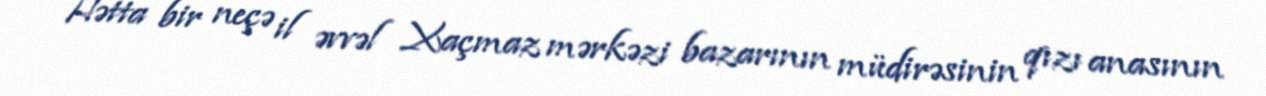
Hətta bir neçə il əvvəl Xaçmaz mərkəzi bazarının müdirəsinin qızı anasının